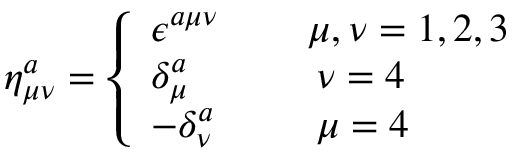
\eta _ { \mu \nu } ^ { a } = \left\{ \begin{array} { l l l } { { \epsilon ^ { a \mu \nu } \: } } & { { } } & { { \mu , \nu = 1 , 2 , 3 } } \\ { { \delta _ { \mu } ^ { a } \: } } & { { } } & { { \: \nu = 4 \: \: } } \\ { { - \delta _ { \nu } ^ { a } \: } } & { { } } & { { \: \mu = 4 \: \: } } \end{array} \right.